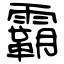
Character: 霸